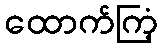
ထောက်ကြံ့